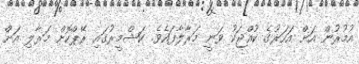
އުމުރުން އަށް އަހަރުގެ ކުއްޖަކު ވަނީ މަރާލާފައެވެ. ކަޝްމީރުގައި ރޭޕްކޮށް މަރާލި އަށް